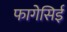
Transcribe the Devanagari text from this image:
फागेसिई